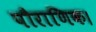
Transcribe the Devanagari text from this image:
पौराणिक।